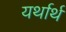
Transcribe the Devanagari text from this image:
यर्थार्थ